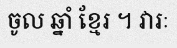
ចូល ឆ្នាំ ខ្មែរ ។ វារៈ